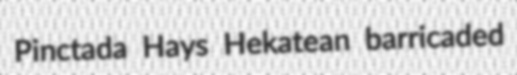
Pinctada Hays Hekatean barricaded